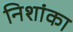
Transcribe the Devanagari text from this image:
निशांका